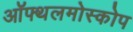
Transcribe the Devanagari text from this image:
ऑफ्थलमोस्कोप